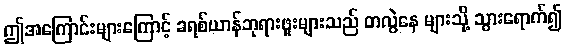
ဤအကြောင်းများကြောင့် ခရစ်ယာန်ဘုရားဖူးများသည် တလွဲနေ များသို့ သွားရောက်၍